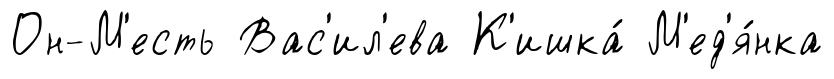
Он-М'есть Вас'ил'ева К'ишка́ М'ед'я́нка